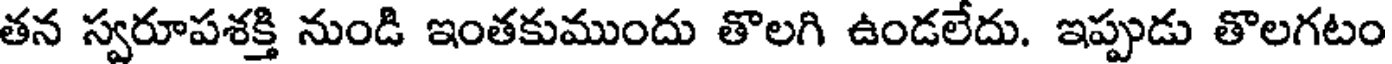
తన స్వరూపశక్తి నుండి ఇంతకుముందు తొలగి ఉండలేదు. ఇప్పుడు తొలగటం